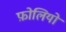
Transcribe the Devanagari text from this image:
फ़ोलियो